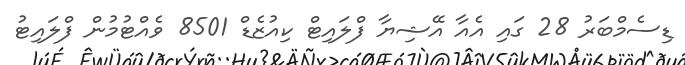
ޑިސެމްބަރު 28 ގައި އެއާ އޭޝިޔާ ފްލައިޓް ކިއުޒެޑް 8501 ވެއްޓުމުން ފްލައިޓު